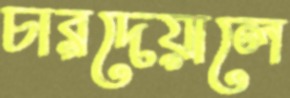
চারদেয়ালে